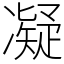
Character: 凝